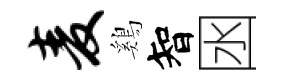
麦鷄智囦